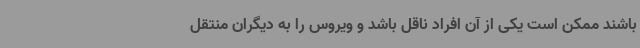
باشند ممکن است یکی از آن افراد ناقل باشد و ویروس را به دیگران منتقل